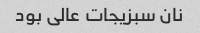
نان سبزیجات عالی بود